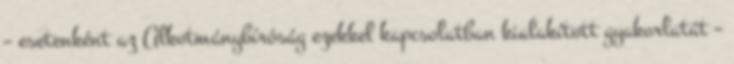
– esetenként az Alkotmánybíróság ezekkel kapcsolatban kialakított gyakorlatát –